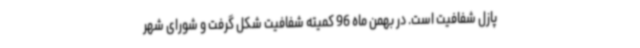
پازل شفافیت است. در بهمن ماه 96 کمیته شفافیت شکل گرفت و شورای شهر